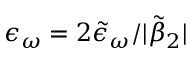
\epsilon _ { \omega } = 2 \tilde { \epsilon } _ { \omega } / | \tilde { \beta } _ { 2 } |